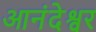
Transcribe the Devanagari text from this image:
आनंदेश्वर